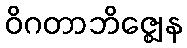
ဝိဂတာဘိဇ္ဈေန